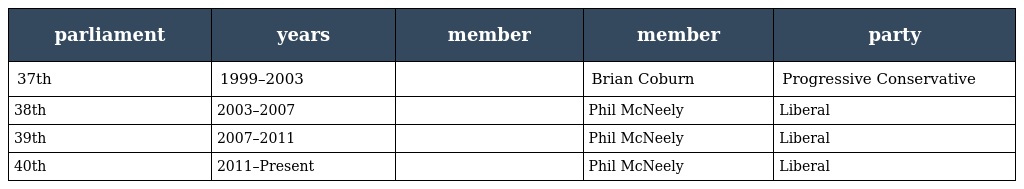
| parliament | years | member | member | party |
 | --- | --- | --- | --- | --- |
 | 37th | 1999–2003 |  | Brian Coburn | Progressive Conservative |
 | 38th | 2003–2007 |  | Phil McNeely | Liberal |
 | 39th | 2007–2011 |  | Phil McNeely | Liberal |
 | 40th | 2011–Present |  | Phil McNeely | Liberal |